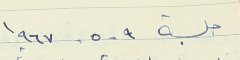
جلسة ٩ - ٥ - ١٩٦٧